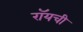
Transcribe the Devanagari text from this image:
रॉयची